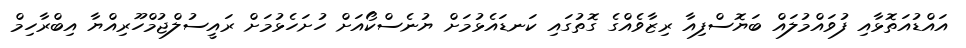
އައްޑުއަތޮޅާއި ފުވައްމުލައް ބަޔޮސްފިއާ ރިޒާވެއްގެ ގޮތުގައި ކަނޑައެޅުމަށް ޔުނެސްކޯއަށް ހުށަހެޅުމަށް ރައީސުލްޖުމްހޫރިއްޔާ އިބްރާހިމް